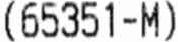
(65351-M)